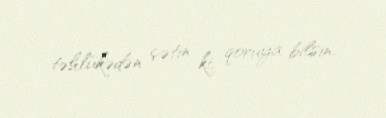
təhlükədən çətin ki, qoruya bilsin.